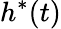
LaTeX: h^{*}(t)